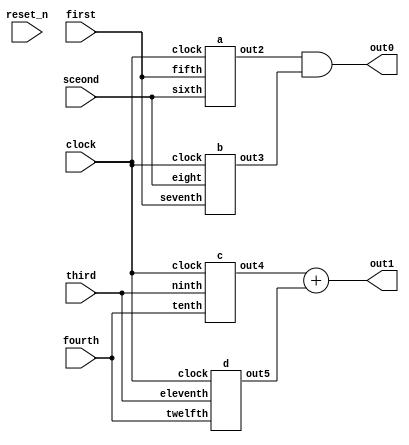
// DEFINES
`define BITS 2         // Bit width of the operands

module 	bm_dag3_lpm_log_mod(clock, 
		reset_n, 
		first, 
		sceond,
		third, 
		fourth, 
		out0,
		out1);

// SIGNAL DECLARATIONS
input	clock;
input 	reset_n;

input [`BITS-1:0] first;
input [`BITS-1:0] sceond;
input third;
input fourth;

output [`BITS-1:0] out0;
output  out1;

wire [`BITS-1:0]    out0;
wire     out1;

wire [`BITS-1:0] temp_a;
wire [`BITS-1:0] temp_b;
wire temp_c;
wire temp_d;

a top_a(clock, first, sceond, temp_a);
b top_b(clock, first, sceond, temp_b);
c top_c(clock, third, fourth, temp_c);
d top_d(clock, third, fourth, temp_d);

assign out0 = temp_a & temp_b;
assign out1 = temp_c + temp_d;

endmodule

/*---------------------------------------------------------*/
module a(clock,
		fifth,
		sixth,
		out2);

input	clock;
input [`BITS-1:0] fifth;
input [`BITS-1:0] sixth;
output [`BITS-1:0]    out2;
reg [`BITS-1:0]    out2;
wire [`BITS-1:0] temp1;

d mya_d(clock, fifth[0], sixth[0], temp1[0]);
d mya_d2(clock, fifth[0], sixth[1], temp1[1]);

always @(posedge clock)
begin
	out2 <= fifth & sixth & temp1;
end

endmodule

/*---------------------------------------------------------*/
module b(clock,
		seventh,
		eight,
		out3);

input	clock;
input [`BITS-1:0] seventh;
input [`BITS-1:0] eight;
reg [`BITS-1:0] temp2;
wire temp3;
output [`BITS-1:0]    out3;
reg [`BITS-1:0] out3;

c myb_c(clock, seventh[0], eight[0], temp3);

always @(posedge clock)
begin
	temp2 <= seventh | eight ^ temp3;
	out3 <= seventh ^ temp2;
end

endmodule

/*---------------------------------------------------------*/
module 	c(clock, 
		ninth, 
		tenth, 
		out4);

// SIGNAL DECLARATIONS
input	clock;
input ninth;
input tenth;
output  out4;
wire     out4;
wire temp4;
wire temp5;

d myc_d(clock, ninth, tenth, temp5);

assign out4 = temp4 ^ tenth;
assign temp4 = ninth - temp5;

endmodule

/*---------------------------------------------------------*/
module 	d(clock, 
		eleventh, 
		twelfth, 
		out5);

// SIGNAL DECLARATIONS
input	clock;
input eleventh;
input twelfth;
output  out5;
reg     out5;
reg temp6;

always @(posedge clock)
begin
	temp6 <= eleventh ^ twelfth;
	out5 <= temp6 | twelfth;
end

endmodule